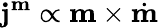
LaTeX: \mathbf{j}^{\mathbf{m}}\propto\mathbf{m}\times\dot{\mathbf{m}}